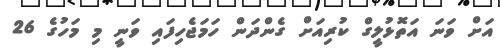
އަށް ވަނަ އަތޮޅުލީގް ކުރިއަށް ގެންދަން ހަމަޖެހިފައި ވަނީ މި މަހުގެ 26